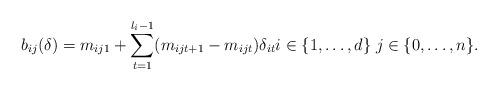
LaTeX: \begin{align*}b_{ij}(\delta) = m_{ij1} + \sum_{t=1}^{l_i-1} (m_{ijt+1} - m_{ijt})\delta_{it} i\in \{1, \ldots, d\}\; j \in \{0, \ldots, n\}. \end{align*}